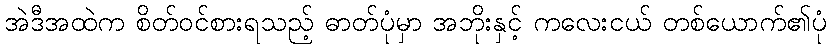
အဲဒီအထဲက စိတ်ဝင်စားရသည့် ဓာတ်ပုံမှာ အဘိုးနှင့် ကလေးငယ် တစ်ယောက်၏ပုံ